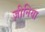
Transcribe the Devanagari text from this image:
ज़ीनिया